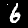
Label: 6